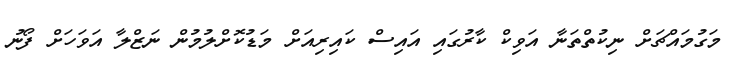
މަގުމައްޗަށް ނިކުތްތަނާ އަވިކް ކާރުގައި އައިސް ކައިރިއަށް މަޑުކޮށްލުމުން ނަޒްލާ އަވަހަށް ފޯނު